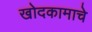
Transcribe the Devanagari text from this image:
खोदकामाचे